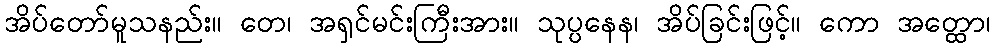
အိပ်တော်မူသနည်း။ တေ၊ အရှင်မင်းကြီးအား။ သုပ္ပနေန၊ အိပ်ခြင်းဖြင့်။ ကော အတ္ထော၊